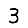
Digit: 3